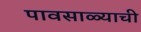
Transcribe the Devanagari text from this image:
पावसाळ्याची